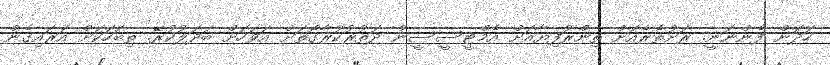
ހަދަން ފެންނަނީ. ރަށުތެެރެއަށް ތިންރުފިޔާއަށް އެމްޓީސީސީން ދަތުރުކުރާގޮތަށް އަވަހަށް ބަދަލުކުރޭ. ތިބަހަކަށް އަރައިގެން